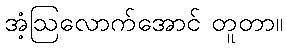
အံ့ဩလောက်အောင် တူတာ။